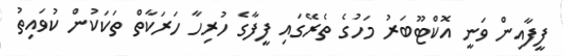
ފީފާއިން ވަނީ އޮކްޓޫބަރު މަހުގެ ތެރޭގައި ފީފާގެ ހުރިހާ ހަރަކާތް ތަކަކުން ކުވައިތު